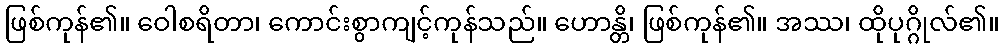
ဖြစ်ကုန်၏။ ဝေါစရိတာ၊ ကောင်းစွာကျင့်ကုန်သည်။ ဟောန္တိ၊ ဖြစ်ကုန်၏။ အဿ၊ ထိုပုဂ္ဂိုလ်၏။